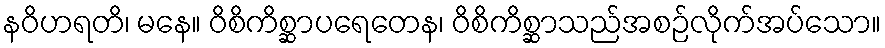
နဝိဟရတိ၊ မနေ။ ဝိစိကိစ္ဆာပရေတေန၊ ဝိစိကိစ္ဆာသည်အစဉ်လိုက်အပ်သော။